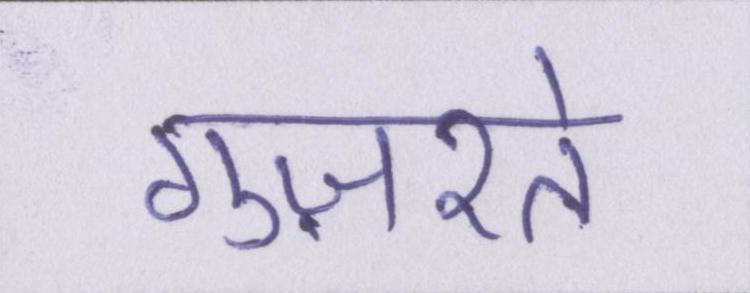
गुज़रते